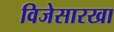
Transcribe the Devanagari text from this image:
विजेसारखा